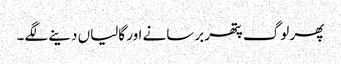
پھر لوگ پتھر برسانے اور گالیاں دینے لگے۔